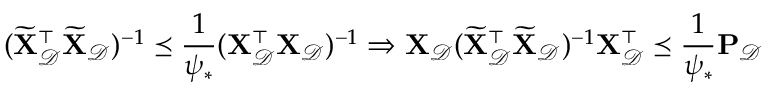
( \widetilde { \mathbf { X } } _ { \mathcal { D } } ^ { \top } \widetilde { \mathbf { X } } _ { \mathcal { D } } ) ^ { - 1 } \preceq \frac { 1 } { \psi _ { * } } ( \mathbf { X } _ { \mathcal { D } } ^ { \top } \mathbf { X } _ { \mathcal { D } } ) ^ { - 1 } \Rightarrow \mathbf { X } _ { \mathcal { D } } ( \widetilde { \mathbf { X } } _ { \mathcal { D } } ^ { \top } \widetilde { \mathbf { X } } _ { \mathcal { D } } ) ^ { - 1 } \mathbf { X } _ { \mathcal { D } } ^ { \top } \preceq \frac { 1 } { \psi _ { * } } \mathbf { P } _ { \mathcal { D } }